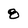
Character: 8